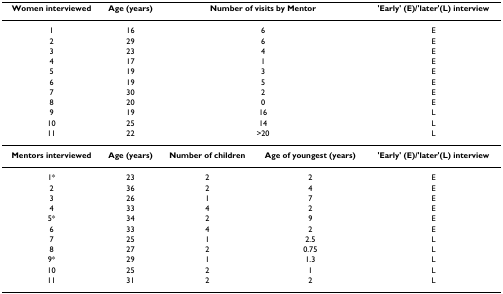
<table><thead><tr><td><b>Women interviewed</b></td><td><b>Age (years)</b></td><td colspan="2"><b>Number of visits by Mentor</b></td><td><b>&#x27;Early&#x27; (E)/&#x27;later&#x27;(L) interview</b></td></tr></thead><tbody><tr><td>1</td><td>16</td><td colspan="2">6</td><td>E</td></tr><tr><td>2</td><td>29</td><td colspan="2">6</td><td>E</td></tr><tr><td>3</td><td>23</td><td colspan="2">4</td><td>E</td></tr><tr><td>4</td><td>17</td><td colspan="2">1</td><td>E</td></tr><tr><td>5</td><td>19</td><td colspan="2">3</td><td>E</td></tr><tr><td>6</td><td>19</td><td colspan="2">5</td><td>E</td></tr><tr><td>7</td><td>30</td><td colspan="2">2</td><td>E</td></tr><tr><td>8</td><td>20</td><td colspan="2">0</td><td>E</td></tr><tr><td>9</td><td>19</td><td colspan="2">16</td><td>L</td></tr><tr><td>10</td><td>25</td><td colspan="2">14</td><td>L</td></tr><tr><td>11</td><td>22</td><td colspan="2">&gt;20</td><td>L</td></tr><tr><td><b>Mentors interviewed</b></td><td><b>Age (years)</b></td><td><b>Number of children</b></td><td><b>Age of youngest (years)</b></td><td><b>&#x27;Early&#x27; (E)/&#x27;later&#x27;(L) interview</b></td></tr><tr><td>1*</td><td>23</td><td>2</td><td>2</td><td>E</td></tr><tr><td>2</td><td>36</td><td>2</td><td>4</td><td>E</td></tr><tr><td>3</td><td>26</td><td>1</td><td>7</td><td>E</td></tr><tr><td>4</td><td>33</td><td>4</td><td>2</td><td>E</td></tr><tr><td>5*</td><td>34</td><td>2</td><td>9</td><td>E</td></tr><tr><td>6</td><td>33</td><td>4</td><td>2</td><td>E</td></tr><tr><td>7</td><td>25</td><td>1</td><td>2.5</td><td>L</td></tr><tr><td>8</td><td>27</td><td>2</td><td>0.75</td><td>L</td></tr><tr><td>9*</td><td>29</td><td>1</td><td>1.3</td><td>L</td></tr><tr><td>10</td><td>25</td><td>2</td><td>1</td><td>L</td></tr><tr><td>11</td><td>31</td><td>2</td><td>2</td><td>L</td></tr></tbody></table>